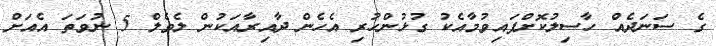
ގެ ސަނަދެއް ހާސިލުކޮށްފައިވުމާއެކު ގުޅުންހުރި އެހެން ދާއިރާއަކުން ލެވެލް 5 ނުވަތަ އެއަށް